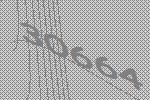
30664